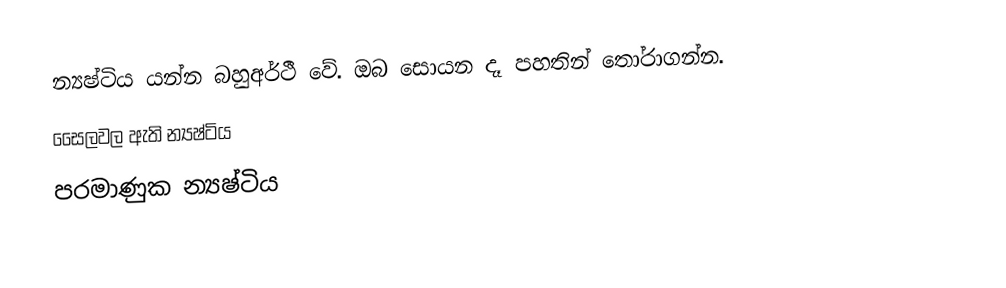
න්‍යෂ්ටිය යන්න බහුඅර්ථී වේ. ඔබ සොයන දෑ පහතින් තෝරාගන්න.
 සෛලවල ඇති න්‍යෂ්ටිය
 පරමාණුක න්‍යෂ්ටිය